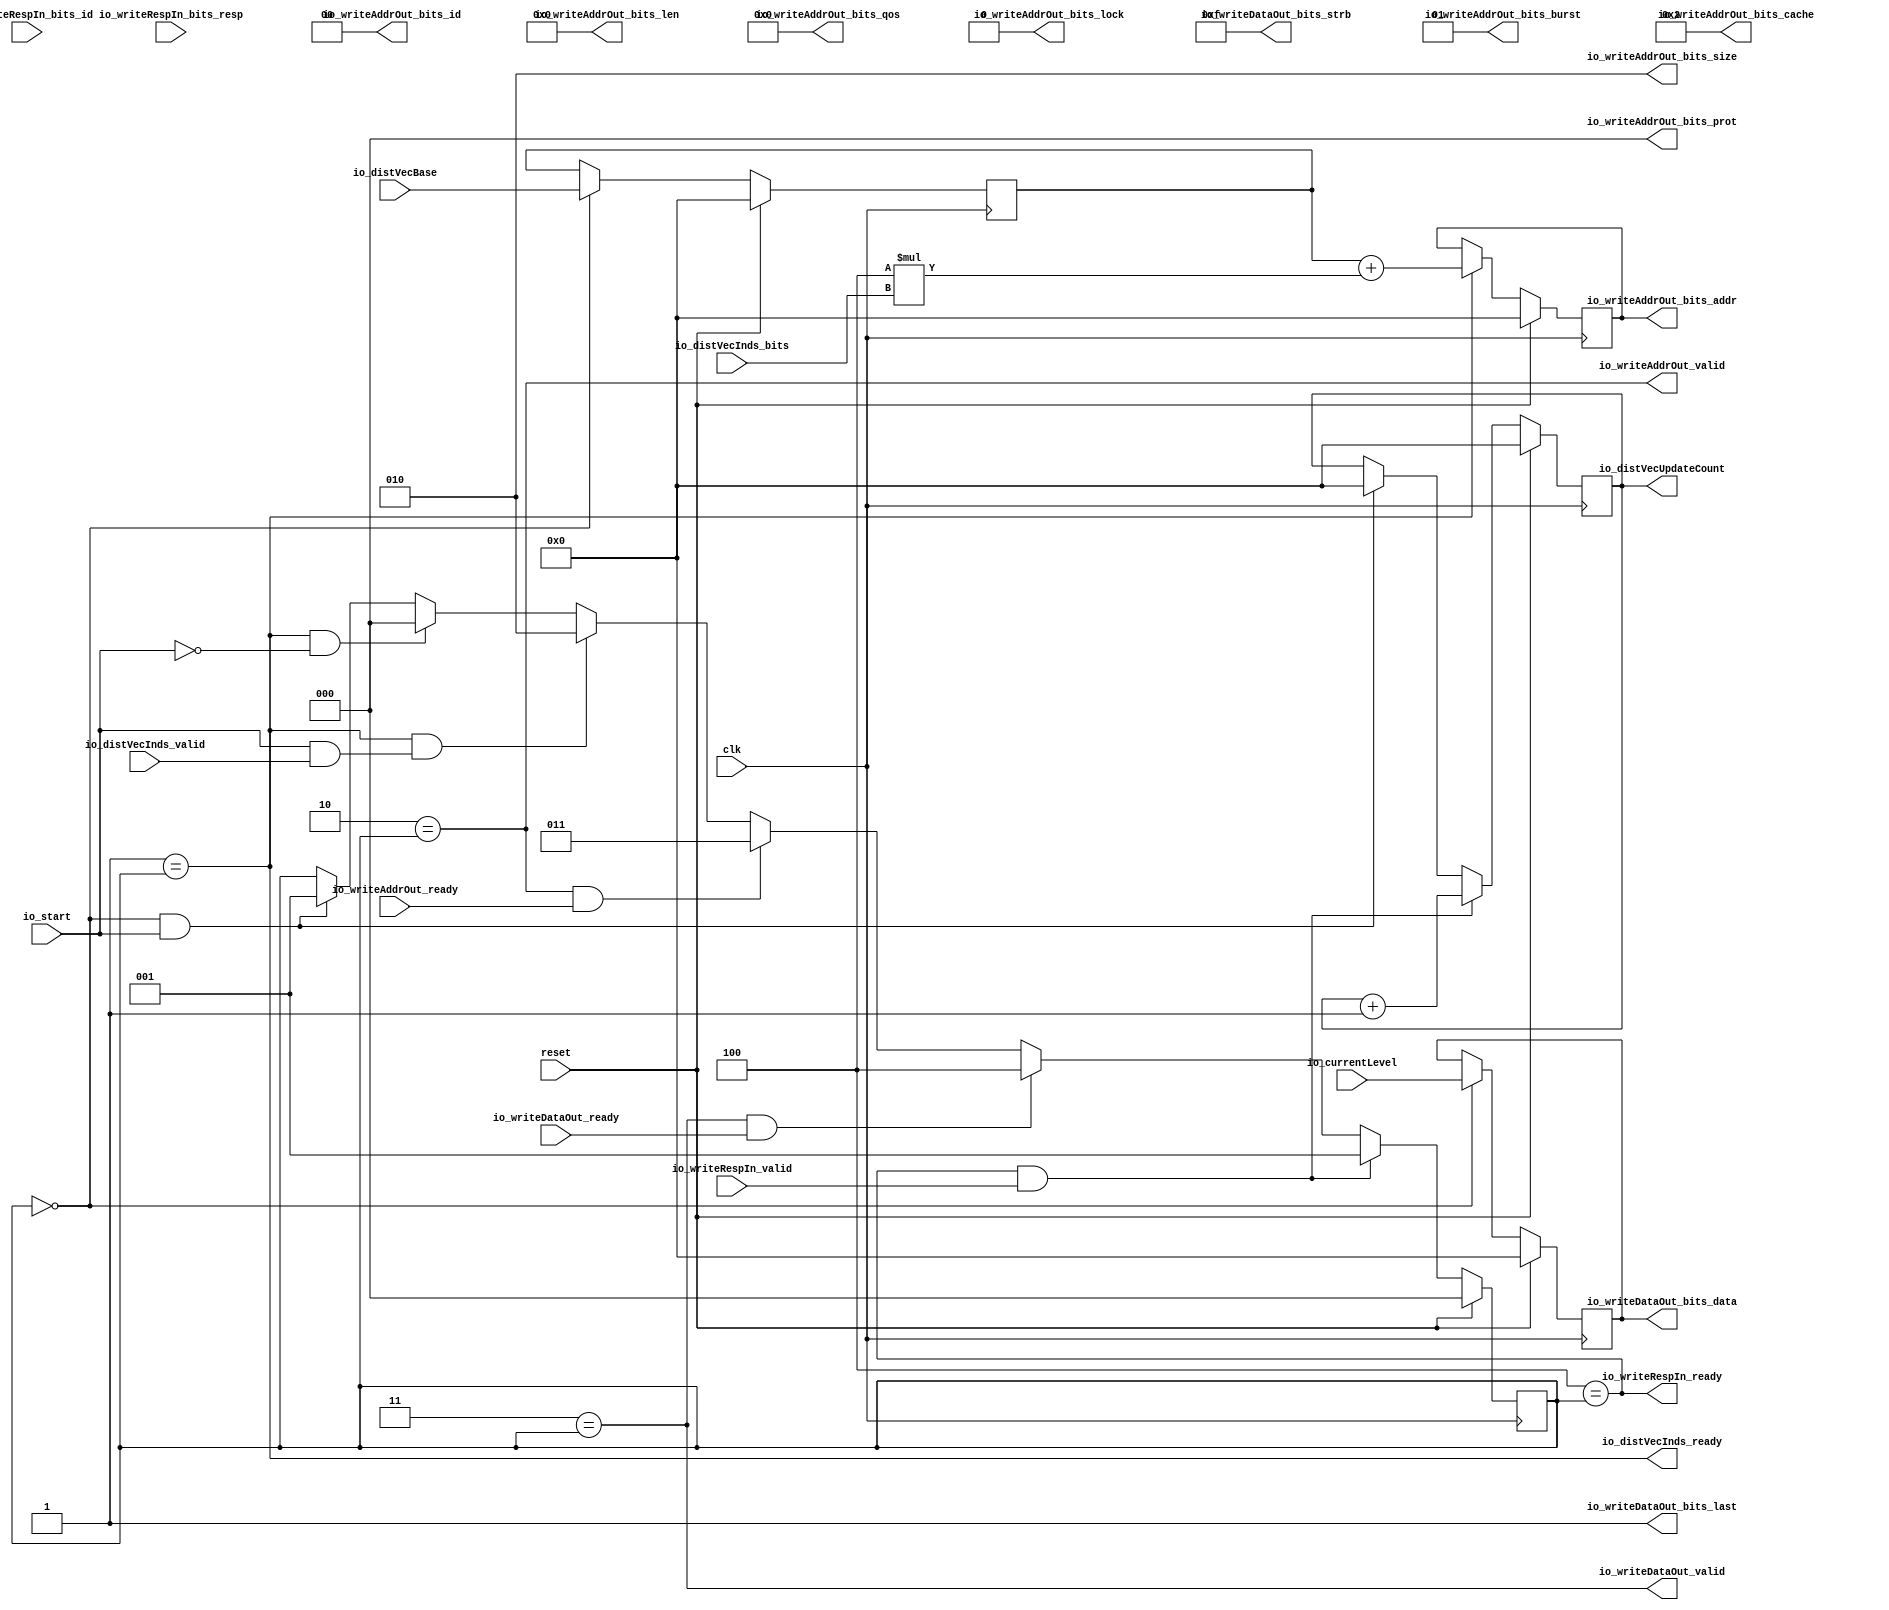
module DistVecUpdater(input clk, input reset,
    input  io_start,
    input [31:0] io_distVecBase,
    input [31:0] io_currentLevel,
    output[31:0] io_distVecUpdateCount,
    output io_distVecInds_ready,
    input  io_distVecInds_valid,
    input [31:0] io_distVecInds_bits,
    input  io_writeAddrOut_ready,
    output io_writeAddrOut_valid,
    output[31:0] io_writeAddrOut_bits_addr,
    output[2:0] io_writeAddrOut_bits_size,
    output[7:0] io_writeAddrOut_bits_len,
    output[1:0] io_writeAddrOut_bits_burst,
    output[1:0] io_writeAddrOut_bits_id,
    output io_writeAddrOut_bits_lock,
    output[3:0] io_writeAddrOut_bits_cache,
    output[2:0] io_writeAddrOut_bits_prot,
    output[3:0] io_writeAddrOut_bits_qos,
    input  io_writeDataOut_ready,
    output io_writeDataOut_valid,
    output[31:0] io_writeDataOut_bits_data,
    output[3:0] io_writeDataOut_bits_strb,
    output io_writeDataOut_bits_last,
    output io_writeRespIn_ready,
    input  io_writeRespIn_valid,
    input [1:0] io_writeRespIn_bits_id,
    input [1:0] io_writeRespIn_bits_resp
);

  wire T0;
  reg [2:0] regState;
  wire[2:0] T28;
  wire[2:0] T1;
  wire[2:0] T2;
  wire[2:0] T3;
  wire[2:0] T4;
  wire[2:0] T5;
  wire[2:0] T6;
  wire T7;
  wire T8;
  wire T9;
  wire T10;
  wire T11;
  wire T12;
  wire T13;
  wire T14;
  wire T15;
  wire T16;
  wire T17;
  wire T18;
  wire T19;
  reg [31:0] regCurrentLevel;
  wire[31:0] T29;
  wire[31:0] T20;
  reg [31:0] regDistVecUpdateAddr;
  wire[31:0] T30;
  wire[34:0] T31;
  wire[34:0] T21;
  wire[34:0] T32;
  wire[34:0] T22;
  wire[34:0] T23;
  wire[34:0] T33;
  reg [31:0] regDistVecBase;
  wire[31:0] T34;
  wire[31:0] T24;
  reg [31:0] regDistVecUpdateCount;
  wire[31:0] T35;
  wire[31:0] T25;
  wire[31:0] T26;
  wire[31:0] T27;

`ifndef SYNTHESIS
// synthesis translate_off
  integer initvar;
  initial begin
    #0.002;
    regState = {1{$random}};
    regCurrentLevel = {1{$random}};
    regDistVecUpdateAddr = {1{$random}};
    regDistVecBase = {1{$random}};
    regDistVecUpdateCount = {1{$random}};
  end
// synthesis translate_on
`endif

  assign io_writeRespIn_ready = T0;
  assign T0 = 3'h4 == regState;
  assign T28 = reset ? 3'h0 : T1;
  assign T1 = T19 ? 3'h1 : T2;
  assign T2 = T17 ? 3'h4 : T3;
  assign T3 = T15 ? 3'h3 : T4;
  assign T4 = T12 ? 3'h2 : T5;
  assign T5 = T9 ? 3'h0 : T6;
  assign T6 = T7 ? 3'h1 : regState;
  assign T7 = T8 & io_start;
  assign T8 = 3'h0 == regState;
  assign T9 = T11 & T10;
  assign T10 = io_start ^ 1'h1;
  assign T11 = 3'h1 == regState;
  assign T12 = T11 & T13;
  assign T13 = T14 & io_distVecInds_valid;
  assign T14 = T10 ^ 1'h1;
  assign T15 = T16 & io_writeAddrOut_ready;
  assign T16 = 3'h2 == regState;
  assign T17 = T18 & io_writeDataOut_ready;
  assign T18 = 3'h3 == regState;
  assign T19 = T0 & io_writeRespIn_valid;
  assign io_writeDataOut_bits_last = 1'h1;
  assign io_writeDataOut_bits_strb = 4'hf;
  assign io_writeDataOut_bits_data = regCurrentLevel;
  assign T29 = reset ? 32'h0 : T20;
  assign T20 = T8 ? io_currentLevel : regCurrentLevel;
  assign io_writeDataOut_valid = T18;
  assign io_writeAddrOut_bits_qos = 4'h0;
  assign io_writeAddrOut_bits_prot = 3'h0;
  assign io_writeAddrOut_bits_cache = 4'h2;
  assign io_writeAddrOut_bits_lock = 1'h0;
  assign io_writeAddrOut_bits_id = 2'h0;
  assign io_writeAddrOut_bits_burst = 2'h1;
  assign io_writeAddrOut_bits_len = 8'h0;
  assign io_writeAddrOut_bits_size = 3'h2;
  assign io_writeAddrOut_bits_addr = regDistVecUpdateAddr;
  assign T30 = T31[5'h1f:1'h0];
  assign T31 = reset ? 35'h0 : T21;
  assign T21 = T11 ? T22 : T32;
  assign T32 = {3'h0, regDistVecUpdateAddr};
  assign T22 = T33 + T23;
  assign T23 = 3'h4 * io_distVecInds_bits;
  assign T33 = {3'h0, regDistVecBase};
  assign T34 = reset ? 32'h0 : T24;
  assign T24 = T8 ? io_distVecBase : regDistVecBase;
  assign io_writeAddrOut_valid = T16;
  assign io_distVecInds_ready = T11;
  assign io_distVecUpdateCount = regDistVecUpdateCount;
  assign T35 = reset ? 32'h0 : T25;
  assign T25 = T19 ? T27 : T26;
  assign T26 = T7 ? 32'h0 : regDistVecUpdateCount;
  assign T27 = regDistVecUpdateCount + 32'h1;

  always @(posedge clk) begin
    if(reset) begin
      regState <= 3'h0;
    end else if(T19) begin
      regState <= 3'h1;
    end else if(T17) begin
      regState <= 3'h4;
    end else if(T15) begin
      regState <= 3'h3;
    end else if(T12) begin
      regState <= 3'h2;
    end else if(T9) begin
      regState <= 3'h0;
    end else if(T7) begin
      regState <= 3'h1;
    end
    if(reset) begin
      regCurrentLevel <= 32'h0;
    end else if(T8) begin
      regCurrentLevel <= io_currentLevel;
    end
    regDistVecUpdateAddr <= T30;
    if(reset) begin
      regDistVecBase <= 32'h0;
    end else if(T8) begin
      regDistVecBase <= io_distVecBase;
    end
    if(reset) begin
      regDistVecUpdateCount <= 32'h0;
    end else if(T19) begin
      regDistVecUpdateCount <= T27;
    end else if(T7) begin
      regDistVecUpdateCount <= 32'h0;
    end
  end
endmodule

module DistVecToInpVec(input clk, input reset,
    input [31:0] io_distVecCount,
    input [31:0] io_unvisitedValue,
    input  io_start,
    output io_finished,
    output io_distVecInput_ready,
    input  io_distVecInput_valid,
    input [31:0] io_distVecInput_bits,
    input  io_inpVecOutput_ready,
    output io_inpVecOutput_valid,
    output[63:0] io_inpVecOutput_bits
);

  reg [63:0] regOutput;
  wire[63:0] T34;
  wire[63:0] T0;
  wire[63:0] T1;
  wire[63:0] T2;
  wire T3;
  reg [1:0] regState;
  wire[1:0] T35;
  wire[1:0] T4;
  wire[1:0] T5;
  wire[1:0] T6;
  wire[1:0] T7;
  wire T8;
  wire T9;
  wire T10;
  wire readyToFlushOutput;
  reg [31:0] regOutBitCount;
  wire[31:0] T36;
  wire[31:0] T11;
  wire[31:0] T12;
  wire[31:0] T13;
  wire[31:0] T14;
  wire T15;
  wire T16;
  wire T17;
  wire inputFinished;
  reg [31:0] regDistVecElemsLeft;
  wire[31:0] T37;
  wire[31:0] T18;
  wire[31:0] T19;
  wire[31:0] T20;
  wire T21;
  wire[1:0] T22;
  wire T23;
  wire T24;
  wire T25;
  wire[63:0] T26;
  reg [63:0] regMask;
  wire[63:0] T38;
  wire[64:0] T39;
  wire[64:0] T27;
  wire[64:0] T28;
  wire[64:0] T40;
  wire[63:0] T29;
  wire[64:0] T30;
  wire T31;
  wire isVisited;
  wire T32;
  wire T33;

`ifndef SYNTHESIS
// synthesis translate_off
  integer initvar;
  initial begin
    #0.002;
    regOutput = {2{$random}};
    regState = {1{$random}};
    regOutBitCount = {1{$random}};
    regDistVecElemsLeft = {1{$random}};
    regMask = {2{$random}};
  end
// synthesis translate_on
`endif

  assign io_inpVecOutput_bits = regOutput;
  assign T34 = reset ? 64'h0 : T0;
  assign T0 = T32 ? 64'h0 : T1;
  assign T1 = T31 ? T26 : T2;
  assign T2 = T3 ? 64'h0 : regOutput;
  assign T3 = 2'h0 == regState;
  assign T35 = reset ? 2'h0 : T4;
  assign T4 = T23 ? 2'h0 : T5;
  assign T5 = T32 ? T22 : T6;
  assign T6 = T9 ? 2'h2 : T7;
  assign T7 = T8 ? 2'h1 : regState;
  assign T8 = T3 & io_start;
  assign T9 = T21 & T10;
  assign T10 = inputFinished | readyToFlushOutput;
  assign readyToFlushOutput = regOutBitCount == 32'h40;
  assign T36 = reset ? 32'h0 : T11;
  assign T11 = T32 ? 32'h0 : T12;
  assign T12 = T15 ? T14 : T13;
  assign T13 = T3 ? 32'h0 : regOutBitCount;
  assign T14 = regOutBitCount + 32'h1;
  assign T15 = T16 & io_distVecInput_valid;
  assign T16 = T21 & T17;
  assign T17 = T10 ^ 1'h1;
  assign inputFinished = regDistVecElemsLeft == 32'h0;
  assign T37 = reset ? 32'h0 : T18;
  assign T18 = T15 ? T20 : T19;
  assign T19 = T3 ? io_distVecCount : regDistVecElemsLeft;
  assign T20 = regDistVecElemsLeft - 32'h1;
  assign T21 = 2'h1 == regState;
  assign T22 = inputFinished ? 2'h3 : 2'h1;
  assign T23 = T25 & T24;
  assign T24 = io_start ^ 1'h1;
  assign T25 = 2'h3 == regState;
  assign T26 = regOutput | regMask;
  assign T38 = T39[6'h3f:1'h0];
  assign T39 = reset ? 65'h1 : T27;
  assign T27 = T32 ? 65'h1 : T28;
  assign T28 = T15 ? T30 : T40;
  assign T40 = {1'h0, T29};
  assign T29 = T3 ? 64'h1 : regMask;
  assign T30 = regMask << 1'h1;
  assign T31 = T15 & isVisited;
  assign isVisited = io_distVecInput_bits != io_unvisitedValue;
  assign T32 = T33 & io_inpVecOutput_ready;
  assign T33 = 2'h2 == regState;
  assign io_inpVecOutput_valid = T33;
  assign io_distVecInput_ready = T16;
  assign io_finished = T25;

  always @(posedge clk) begin
    if(reset) begin
      regOutput <= 64'h0;
    end else if(T32) begin
      regOutput <= 64'h0;
    end else if(T31) begin
      regOutput <= T26;
    end else if(T3) begin
      regOutput <= 64'h0;
    end
    if(reset) begin
      regState <= 2'h0;
    end else if(T23) begin
      regState <= 2'h0;
    end else if(T32) begin
      regState <= T22;
    end else if(T9) begin
      regState <= 2'h2;
    end else if(T8) begin
      regState <= 2'h1;
    end
    if(reset) begin
      regOutBitCount <= 32'h0;
    end else if(T32) begin
      regOutBitCount <= 32'h0;
    end else if(T15) begin
      regOutBitCount <= T14;
    end else if(T3) begin
      regOutBitCount <= 32'h0;
    end
    if(reset) begin
      regDistVecElemsLeft <= 32'h0;
    end else if(T15) begin
      regDistVecElemsLeft <= T20;
    end else if(T3) begin
      regDistVecElemsLeft <= io_distVecCount;
    end
    regMask <= T38;
  end
endmodule

module BackendThrottler(input clk, input reset,
    input [31:0] io_thresholdT0,
    input [31:0] io_dataCountT0,
    input [31:0] io_thresholdT1,
    input [31:0] io_dataCountT1,
    output io_canProceedT0,
    output io_canProceedT1
);

  wire T0;
  reg [31:0] regThresholdT1;
  wire[31:0] T3;
  reg [31:0] regCountT1;
  wire[31:0] T4;
  wire T1;
  wire T2;
  reg [31:0] regThresholdT0;
  wire[31:0] T5;
  reg [31:0] regCountT0;
  wire[31:0] T6;

`ifndef SYNTHESIS
// synthesis translate_off
  integer initvar;
  initial begin
    #0.002;
    regThresholdT1 = {1{$random}};
    regCountT1 = {1{$random}};
    regThresholdT0 = {1{$random}};
    regCountT0 = {1{$random}};
  end
// synthesis translate_on
`endif

  assign io_canProceedT1 = T0;
  assign T0 = regCountT1 < regThresholdT1;
  assign T3 = reset ? 32'h0 : io_thresholdT1;
  assign T4 = reset ? 32'h0 : io_dataCountT1;
  assign io_canProceedT0 = T1;
  assign T1 = T2 & io_canProceedT1;
  assign T2 = regCountT0 < regThresholdT0;
  assign T5 = reset ? 32'h0 : io_thresholdT0;
  assign T6 = reset ? 32'h0 : io_dataCountT0;

  always @(posedge clk) begin
    if(reset) begin
      regThresholdT1 <= 32'h0;
    end else begin
      regThresholdT1 <= io_thresholdT1;
    end
    if(reset) begin
      regCountT1 <= 32'h0;
    end else begin
      regCountT1 <= io_dataCountT1;
    end
    if(reset) begin
      regThresholdT0 <= 32'h0;
    end else begin
      regThresholdT0 <= io_thresholdT0;
    end
    if(reset) begin
      regCountT0 <= 32'h0;
    end else begin
      regCountT0 <= io_dataCountT0;
    end
  end
endmodule

module FrontierFilter(input clk, input reset,
    input  io_start,
    output io_finished,
    input [31:0] io_distVecCount,
    input [31:0] io_currentLevel,
    output[31:0] io_frontierSize,
    output distVecIn_TREADY,
    input  distVecIn_TVALID,
    input [31:0] distVecIn_TDATA,
    input  frontierOut_TREADY,
    output frontierOut_TVALID,
    output[31:0] frontierOut_TDATA
);

  reg [31:0] regDistVecCount;
  wire[31:0] T34;
  wire[31:0] T0;
  wire[31:0] T1;
  wire[31:0] T2;
  wire T3;
  reg [1:0] regState;
  wire[1:0] T35;
  wire[1:0] T4;
  wire[1:0] T5;
  wire[1:0] T6;
  wire[1:0] T7;
  wire[1:0] T8;
  wire T9;
  wire T10;
  wire T11;
  reg [31:0] regDistVecLeft;
  wire[31:0] T36;
  wire[31:0] T12;
  wire[31:0] T13;
  wire[31:0] T14;
  wire T15;
  wire T16;
  wire T17;
  wire T18;
  wire T19;
  wire T20;
  reg [31:0] regCurrentLevel;
  wire[31:0] T37;
  wire[31:0] T21;
  wire T22;
  wire T23;
  wire T24;
  wire[31:0] T25;
  wire T26;
  wire T27;
  wire[31:0] T28;
  wire T29;
  wire T30;
  reg [31:0] regFrontierSize;
  wire[31:0] T38;
  wire[31:0] T31;
  wire[31:0] T32;
  wire[31:0] T33;

`ifndef SYNTHESIS
// synthesis translate_off
  integer initvar;
  initial begin
    #0.002;
    regDistVecCount = {1{$random}};
    regState = {1{$random}};
    regDistVecLeft = {1{$random}};
    regCurrentLevel = {1{$random}};
    regFrontierSize = {1{$random}};
  end
// synthesis translate_on
`endif

  assign frontierOut_TDATA = regDistVecCount;
  assign T34 = reset ? 32'h0 : T0;
  assign T0 = T29 ? T28 : T1;
  assign T1 = T26 ? T25 : T2;
  assign T2 = T3 ? 32'h0 : regDistVecCount;
  assign T3 = 2'h0 == regState;
  assign T35 = reset ? 2'h0 : T4;
  assign T4 = T22 ? 2'h0 : T5;
  assign T5 = T29 ? 2'h1 : T6;
  assign T6 = T19 ? 2'h2 : T7;
  assign T7 = T10 ? 2'h3 : T8;
  assign T8 = T9 ? 2'h1 : regState;
  assign T9 = T3 & io_start;
  assign T10 = T18 & T11;
  assign T11 = regDistVecLeft == 32'h0;
  assign T36 = reset ? 32'h0 : T12;
  assign T12 = T15 ? T14 : T13;
  assign T13 = T3 ? io_distVecCount : regDistVecLeft;
  assign T14 = regDistVecLeft - 32'h1;
  assign T15 = T16 & distVecIn_TVALID;
  assign T16 = T18 & T17;
  assign T17 = T11 ^ 1'h1;
  assign T18 = 2'h1 == regState;
  assign T19 = T15 & T20;
  assign T20 = distVecIn_TDATA == regCurrentLevel;
  assign T37 = reset ? 32'h0 : T21;
  assign T21 = T3 ? io_currentLevel : regCurrentLevel;
  assign T22 = T24 & T23;
  assign T23 = io_start ^ 1'h1;
  assign T24 = 2'h3 == regState;
  assign T25 = regDistVecCount + 32'h1;
  assign T26 = T15 & T27;
  assign T27 = T20 ^ 1'h1;
  assign T28 = regDistVecCount + 32'h1;
  assign T29 = T30 & frontierOut_TREADY;
  assign T30 = 2'h2 == regState;
  assign frontierOut_TVALID = T30;
  assign distVecIn_TREADY = T16;
  assign io_frontierSize = regFrontierSize;
  assign T38 = reset ? 32'h0 : T31;
  assign T31 = T29 ? T33 : T32;
  assign T32 = T9 ? 32'h0 : regFrontierSize;
  assign T33 = regFrontierSize + 32'h1;
  assign io_finished = T24;

  always @(posedge clk) begin
    if(reset) begin
      regDistVecCount <= 32'h0;
    end else if(T29) begin
      regDistVecCount <= T28;
    end else if(T26) begin
      regDistVecCount <= T25;
    end else if(T3) begin
      regDistVecCount <= 32'h0;
    end
    if(reset) begin
      regState <= 2'h0;
    end else if(T22) begin
      regState <= 2'h0;
    end else if(T29) begin
      regState <= 2'h1;
    end else if(T19) begin
      regState <= 2'h2;
    end else if(T10) begin
      regState <= 2'h3;
    end else if(T9) begin
      regState <= 2'h1;
    end
    if(reset) begin
      regDistVecLeft <= 32'h0;
    end else if(T15) begin
      regDistVecLeft <= T14;
    end else if(T3) begin
      regDistVecLeft <= io_distVecCount;
    end
    if(reset) begin
      regCurrentLevel <= 32'h0;
    end else if(T3) begin
      regCurrentLevel <= io_currentLevel;
    end
    if(reset) begin
      regFrontierSize <= 32'h0;
    end else if(T29) begin
      regFrontierSize <= T33;
    end else if(T9) begin
      regFrontierSize <= 32'h0;
    end
  end
endmodule

module Queue(input clk, input reset,
    output io_enq_ready,
    input  io_enq_valid,
    input [31:0] io_enq_bits,
    input  io_deq_ready,
    output io_deq_valid,
    output[31:0] io_deq_bits,
    output[5:0] io_count
);

  wire[5:0] T0;
  wire[4:0] ptr_diff;
  reg [4:0] R1;
  wire[4:0] T15;
  wire[4:0] T2;
  wire[4:0] T3;
  wire do_deq;
  reg [4:0] R4;
  wire[4:0] T16;
  wire[4:0] T5;
  wire[4:0] T6;
  wire do_enq;
  wire T7;
  wire ptr_match;
  reg  maybe_full;
  wire T17;
  wire T8;
  wire T9;
  wire[31:0] T10;
  reg [31:0] ram [31:0];
  wire[31:0] T11;
  wire T12;
  wire empty;
  wire T13;
  wire T14;
  wire full;

`ifndef SYNTHESIS
// synthesis translate_off
  integer initvar;
  initial begin
    #0.002;
    R1 = {1{$random}};
    R4 = {1{$random}};
    maybe_full = {1{$random}};
    for (initvar = 0; initvar < 32; initvar = initvar+1)
      ram[initvar] = {1{$random}};
  end
// synthesis translate_on
`endif

  assign io_count = T0;
  assign T0 = {T7, ptr_diff};
  assign ptr_diff = R4 - R1;
  assign T15 = reset ? 5'h0 : T2;
  assign T2 = do_deq ? T3 : R1;
  assign T3 = R1 + 5'h1;
  assign do_deq = io_deq_ready & io_deq_valid;
  assign T16 = reset ? 5'h0 : T5;
  assign T5 = do_enq ? T6 : R4;
  assign T6 = R4 + 5'h1;
  assign do_enq = io_enq_ready & io_enq_valid;
  assign T7 = maybe_full & ptr_match;
  assign ptr_match = R4 == R1;
  assign T17 = reset ? 1'h0 : T8;
  assign T8 = T9 ? do_enq : maybe_full;
  assign T9 = do_enq != do_deq;
  assign io_deq_bits = T10;
  assign T10 = ram[R1];
  assign io_deq_valid = T12;
  assign T12 = empty ^ 1'h1;
  assign empty = ptr_match & T13;
  assign T13 = maybe_full ^ 1'h1;
  assign io_enq_ready = T14;
  assign T14 = full ^ 1'h1;
  assign full = ptr_match & maybe_full;

  always @(posedge clk) begin
    if(reset) begin
      R1 <= 5'h0;
    end else if(do_deq) begin
      R1 <= T3;
    end
    if(reset) begin
      R4 <= 5'h0;
    end else if(do_enq) begin
      R4 <= T6;
    end
    if(reset) begin
      maybe_full <= 1'h0;
    end else if(T9) begin
      maybe_full <= do_enq;
    end
    if (do_enq)
      ram[R4] <= io_enq_bits;
  end
endmodule

module AXIStreamOutputMux(
    input  io_sel,
    output strm_TREADY,
    input  strm_TVALID,
    input [31:0] strm_TDATA,
    input  out0_TREADY,
    output out0_TVALID,
    output[31:0] out0_TDATA,
    input  out1_TREADY,
    output out1_TVALID,
    output[31:0] out1_TDATA
);

  wire T0;
  wire T1;
  wire T2;
  wire T3;
  wire T4;
  wire T5;


  assign out1_TDATA = strm_TDATA;
  assign out1_TVALID = T0;
  assign T0 = T1 & strm_TVALID;
  assign T1 = io_sel == 1'h1;
  assign out0_TDATA = strm_TDATA;
  assign out0_TVALID = T2;
  assign T2 = T3 & strm_TVALID;
  assign T3 = io_sel == 1'h0;
  assign strm_TREADY = T4;
  assign T4 = T5 ? out0_TREADY : out1_TREADY;
  assign T5 = io_sel == 1'h0;
endmodule

module NeighborFetcher(input clk, input reset,
    input [31:0] io_rowIndBase,
    input  io_start,
    output[31:0] io_state,
    output[31:0] io_colCount,
    output[31:0] io_nzCount,
    input  io_rowIndReadReqs_ready,
    output io_rowIndReadReqs_valid,
    output[31:0] io_rowIndReadReqs_bits_addr,
    output[2:0] io_rowIndReadReqs_bits_size,
    output[7:0] io_rowIndReadReqs_bits_len,
    output[1:0] io_rowIndReadReqs_bits_burst,
    output[1:0] io_rowIndReadReqs_bits_id,
    output io_rowIndReadReqs_bits_lock,
    output[3:0] io_rowIndReadReqs_bits_cache,
    output[2:0] io_rowIndReadReqs_bits_prot,
    output[3:0] io_rowIndReadReqs_bits_qos,
    output io_rowStartEndIn_ready,
    input  io_rowStartEndIn_valid,
    input [31:0] io_rowStartEndIn_bits,
    input  io_rowIndsMetadata_ready,
    output io_rowIndsMetadata_valid,
    output[31:0] io_rowIndsMetadata_bits
);

  wire[31:0] T0;
  wire[30:0] T1;
  reg [31:0] regElementsLeft;
  wire[31:0] T61;
  wire[31:0] T2;
  wire[31:0] T3;
  wire[31:0] T4;
  reg [31:0] regElementStart;
  wire[31:0] T62;
  wire[34:0] T63;
  wire[34:0] T5;
  wire[34:0] T6;
  wire[34:0] T64;
  wire[31:0] T7;
  wire T8;
  wire T9;
  wire T10;
  wire T11;
  reg [2:0] regState;
  wire[2:0] T65;
  wire[2:0] T12;
  wire[2:0] T13;
  wire[2:0] T14;
  wire[2:0] T15;
  wire[2:0] T16;
  wire[2:0] T17;
  wire[2:0] T18;
  wire[2:0] T19;
  wire T20;
  wire T21;
  wire T22;
  wire T23;
  wire[2:0] T24;
  wire T25;
  wire T26;
  wire T27;
  wire T28;
  wire T29;
  wire T30;
  wire T31;
  wire T32;
  wire[34:0] T33;
  wire[34:0] T66;
  reg [31:0] regRowIndBase;
  wire[31:0] T67;
  wire[31:0] T34;
  wire[34:0] T35;
  wire T36;
  wire[34:0] T68;
  wire[31:0] T37;
  wire[31:0] T69;
  wire[10:0] T38;
  reg [7:0] regBurstElements;
  wire[7:0] T70;
  wire[7:0] T39;
  wire[7:0] T71;
  wire[5:0] T40;
  wire[5:0] T41;
  wire[3:0] T42;
  wire T43;
  wire canDoBurst;
  wire[5:0] T72;
  wire T45;
  wire T46;
  wire T47;
  wire T48;
  wire[31:0] T49;
  wire[31:0] T73;
  wire T50;
  wire T51;
  wire isAligned;
  wire[2:0] T44;
  wire T52;
  wire[7:0] T53;
  reg [7:0] regBurstLen;
  wire[7:0] T74;
  wire[7:0] T54;
  wire[7:0] T75;
  reg [31:0] regTotalNZ;
  wire[31:0] T76;
  wire[31:0] T55;
  wire[31:0] T56;
  wire[31:0] T57;
  wire[31:0] T77;
  reg [31:0] regColCount;
  wire[31:0] T78;
  wire[31:0] T58;
  wire[31:0] T59;
  wire[31:0] T60;
  wire[31:0] T79;

`ifndef SYNTHESIS
// synthesis translate_off
  integer initvar;
  initial begin
    #0.002;
    regElementsLeft = {1{$random}};
    regElementStart = {1{$random}};
    regState = {1{$random}};
    regRowIndBase = {1{$random}};
    regBurstElements = {1{$random}};
    regBurstLen = {1{$random}};
    regTotalNZ = {1{$random}};
    regColCount = {1{$random}};
  end
// synthesis translate_on
`endif

  assign io_rowIndsMetadata_bits = T0;
  assign T0 = {isAligned, T1};
  assign T1 = regElementsLeft[5'h1e:1'h0];
  assign T61 = reset ? 32'h0 : T2;
  assign T2 = T50 ? T49 : T3;
  assign T3 = T48 ? T4 : regElementsLeft;
  assign T4 = io_rowStartEndIn_bits - regElementStart;
  assign T62 = T63[5'h1f:1'h0];
  assign T63 = reset ? 35'h0 : T5;
  assign T5 = T50 ? T68 : T6;
  assign T6 = T36 ? T33 : T64;
  assign T64 = {3'h0, T7};
  assign T7 = T8 ? io_rowStartEndIn_bits : regElementStart;
  assign T8 = T11 & T9;
  assign T9 = T10 ^ 1'h1;
  assign T10 = io_start ^ 1'h1;
  assign T11 = 3'h1 == regState;
  assign T65 = reset ? 3'h0 : T12;
  assign T12 = T50 ? 3'h4 : T13;
  assign T13 = T31 ? 3'h5 : T14;
  assign T14 = T28 ? 3'h1 : T15;
  assign T15 = T26 ? T24 : T16;
  assign T16 = T36 ? 3'h3 : T17;
  assign T17 = T23 ? 3'h2 : T18;
  assign T18 = T22 ? 3'h0 : T19;
  assign T19 = T20 ? 3'h1 : regState;
  assign T20 = T21 & io_start;
  assign T21 = 3'h0 == regState;
  assign T22 = T11 & T10;
  assign T23 = T8 & io_rowStartEndIn_valid;
  assign T24 = T25 ? 3'h1 : 3'h4;
  assign T25 = regElementsLeft == 32'h0;
  assign T26 = T27 & io_rowIndsMetadata_ready;
  assign T27 = 3'h3 == regState;
  assign T28 = T30 & T29;
  assign T29 = regElementsLeft == 32'h0;
  assign T30 = 3'h4 == regState;
  assign T31 = T30 & T32;
  assign T32 = T29 ^ 1'h1;
  assign T33 = T35 + T66;
  assign T66 = {3'h0, regRowIndBase};
  assign T67 = reset ? 32'h0 : T34;
  assign T34 = T20 ? io_rowIndBase : regRowIndBase;
  assign T35 = 3'h4 * regElementStart;
  assign T36 = T48 & io_rowStartEndIn_valid;
  assign T68 = {3'h0, T37};
  assign T37 = regElementStart + T69;
  assign T69 = {21'h0, T38};
  assign T38 = 3'h4 * regBurstElements;
  assign T70 = reset ? 8'h0 : T39;
  assign T39 = T31 ? T71 : regBurstElements;
  assign T71 = {2'h0, T40};
  assign T40 = T45 ? T72 : T41;
  assign T41 = T42 * 2'h2;
  assign T42 = T43 ? 4'h8 : 4'h1;
  assign T43 = isAligned & canDoBurst;
  assign canDoBurst = 32'h10 <= regElementsLeft;
  assign T72 = {2'h0, T42};
  assign T45 = T47 | T46;
  assign T46 = regElementsLeft == 32'h1;
  assign T47 = isAligned ^ 1'h1;
  assign T48 = 3'h2 == regState;
  assign T49 = regElementsLeft - T73;
  assign T73 = {24'h0, regBurstElements};
  assign T50 = T51 & io_rowIndReadReqs_ready;
  assign T51 = 3'h5 == regState;
  assign isAligned = T44 == 3'h0;
  assign T44 = regElementStart[2'h2:1'h0];
  assign io_rowIndsMetadata_valid = T27;
  assign io_rowStartEndIn_ready = T52;
  assign T52 = T48 ? 1'h1 : T8;
  assign io_rowIndReadReqs_bits_qos = 4'h0;
  assign io_rowIndReadReqs_bits_prot = 3'h0;
  assign io_rowIndReadReqs_bits_cache = 4'h2;
  assign io_rowIndReadReqs_bits_lock = 1'h0;
  assign io_rowIndReadReqs_bits_id = 2'h2;
  assign io_rowIndReadReqs_bits_burst = 2'h1;
  assign io_rowIndReadReqs_bits_len = T53;
  assign T53 = regBurstLen - 8'h1;
  assign T74 = reset ? 8'h0 : T54;
  assign T54 = T31 ? T75 : regBurstLen;
  assign T75 = {4'h0, T42};
  assign io_rowIndReadReqs_bits_size = 3'h3;
  assign io_rowIndReadReqs_bits_addr = regElementStart;
  assign io_rowIndReadReqs_valid = T51;
  assign io_nzCount = regTotalNZ;
  assign T76 = reset ? 32'h0 : T55;
  assign T55 = T50 ? T57 : T56;
  assign T56 = T20 ? 32'h0 : regTotalNZ;
  assign T57 = regTotalNZ + T77;
  assign T77 = {24'h0, regBurstElements};
  assign io_colCount = regColCount;
  assign T78 = reset ? 32'h0 : T58;
  assign T58 = T36 ? T60 : T59;
  assign T59 = T20 ? 32'h0 : regColCount;
  assign T60 = regColCount + 32'h1;
  assign io_state = T79;
  assign T79 = {29'h0, regState};

  always @(posedge clk) begin
    if(reset) begin
      regElementsLeft <= 32'h0;
    end else if(T50) begin
      regElementsLeft <= T49;
    end else if(T48) begin
      regElementsLeft <= T4;
    end
    regElementStart <= T62;
    if(reset) begin
      regState <= 3'h0;
    end else if(T50) begin
      regState <= 3'h4;
    end else if(T31) begin
      regState <= 3'h5;
    end else if(T28) begin
      regState <= 3'h1;
    end else if(T26) begin
      regState <= T24;
    end else if(T36) begin
      regState <= 3'h3;
    end else if(T23) begin
      regState <= 3'h2;
    end else if(T22) begin
      regState <= 3'h0;
    end else if(T20) begin
      regState <= 3'h1;
    end
    if(reset) begin
      regRowIndBase <= 32'h0;
    end else if(T20) begin
      regRowIndBase <= io_rowIndBase;
    end
    if(reset) begin
      regBurstElements <= 8'h0;
    end else if(T31) begin
      regBurstElements <= T71;
    end
    if(reset) begin
      regBurstLen <= 8'h0;
    end else if(T31) begin
      regBurstLen <= T75;
    end
    if(reset) begin
      regTotalNZ <= 32'h0;
    end else if(T50) begin
      regTotalNZ <= T57;
    end else if(T20) begin
      regTotalNZ <= 32'h0;
    end
    if(reset) begin
      regColCount <= 32'h0;
    end else if(T36) begin
      regColCount <= T60;
    end else if(T20) begin
      regColCount <= 32'h0;
    end
  end
endmodule

module SparseFrontierBackend(input clk, input reset,
    input [31:0] io_distVecBase,
    input [31:0] io_distVecCount,
    input [31:0] io_colPtrBase,
    input [31:0] io_currentLevel,
    input [31:0] io_rowIndBase,
    output[31:0] io_frontierSize,
    output[31:0] io_nzCount,
    output[31:0] io_distVecWriteCount,
    input [31:0] io_thresholdT0,
    input [31:0] io_dataCountT0,
    input [31:0] io_thresholdT1,
    input [31:0] io_dataCountT1,
    output[31:0] io_state,
    output[31:0] io_ngState,
    output[31:0] io_ngColCount,
    input [31:0] io_ctrl,
    input  aximm32_AWREADY,
    output aximm32_AWVALID,
    output[31:0] aximm32_AWADDR,
    output[2:0] aximm32_AWSIZE,
    output[7:0] aximm32_AWLEN,
    output[1:0] aximm32_AWBURST,
    output[1:0] aximm32_AWID,
    output aximm32_AWLOCK,
    output[3:0] aximm32_AWCACHE,
    output[2:0] aximm32_AWPROT,
    output[3:0] aximm32_AWQOS,
    input  aximm32_WREADY,
    output aximm32_WVALID,
    output[31:0] aximm32_WDATA,
    output[3:0] aximm32_WSTRB,
    output aximm32_WLAST,
    output aximm32_BREADY,
    input  aximm32_BVALID,
    input [1:0] aximm32_BID,
    input [1:0] aximm32_BRESP,
    input  aximm32_ARREADY,
    output aximm32_ARVALID,
    output[31:0] aximm32_ARADDR,
    output[2:0] aximm32_ARSIZE,
    output[7:0] aximm32_ARLEN,
    output[1:0] aximm32_ARBURST,
    output[1:0] aximm32_ARID,
    output aximm32_ARLOCK,
    output[3:0] aximm32_ARCACHE,
    output[2:0] aximm32_ARPROT,
    output[3:0] aximm32_ARQOS,
    output aximm32_RREADY,
    input  aximm32_RVALID,
    input [31:0] aximm32_RDATA,
    input [1:0] aximm32_RID,
    input  aximm32_RLAST,
    input [1:0] aximm32_RRESP,
    input  aximm64_ARREADY,
    output aximm64_ARVALID,
    output[31:0] aximm64_ARADDR,
    output[2:0] aximm64_ARSIZE,
    output[7:0] aximm64_ARLEN,
    output[1:0] aximm64_ARBURST,
    output[1:0] aximm64_ARID,
    output aximm64_ARLOCK,
    output[3:0] aximm64_ARCACHE,
    output[2:0] aximm64_ARPROT,
    output[3:0] aximm64_ARQOS,
    output aximm64_RREADY,
    input  aximm64_RVALID,
    input [63:0] aximm64_RDATA,
    input [1:0] aximm64_RID,
    input  aximm64_RLAST,
    input [1:0] aximm64_RRESP,
    input  readData32_TREADY,
    output readData32_TVALID,
    output[31:0] readData32_TDATA,
    output[1:0] readData32_TDEST,
    output readData32_TLAST,
    output[1:0] readData32_RRESP,
    output distVecIn_TREADY,
    input  distVecIn_TVALID,
    input [31:0] distVecIn_TDATA,
    output rowStartEnd_TREADY,
    input  rowStartEnd_TVALID,
    input [31:0] rowStartEnd_TDATA,
    input  rowIndsData_TREADY,
    output rowIndsData_TVALID,
    output[63:0] rowIndsData_TDATA,
    output[1:0] rowIndsData_TDEST,
    output rowIndsData_TLAST,
    output[1:0] rowIndsData_RRESP,
    input  rowIndsMetadata_TREADY,
    output rowIndsMetadata_TVALID,
    output[31:0] rowIndsMetadata_TDATA,
    output distVecUpdInds_TREADY,
    input  distVecUpdInds_TVALID,
    input [31:0] distVecUpdInds_TDATA,
    input  inpVecOutput_TREADY,
    output inpVecOutput_TVALID,
    output[63:0] inpVecOutput_TDATA
);

  wire regularModeStart;
  wire T0;
  wire enableLevelGen;
  wire startSignal;
  wire T1;
  wire T2;
  wire T3;
  wire T4;
  reg [2:0] regState;
  wire[2:0] T96;
  wire[2:0] T5;
  wire[2:0] T6;
  wire[2:0] T7;
  wire[2:0] T8;
  wire[2:0] T9;
  wire[2:0] T10;
  wire[2:0] T11;
  wire[2:0] T12;
  wire[2:0] T13;
  wire[2:0] T14;
  wire[2:0] T15;
  wire[2:0] T16;
  wire[2:0] T17;
  wire[2:0] T18;
  wire T19;
  wire levelGenStart;
  wire T20;
  wire T21;
  wire T22;
  wire T23;
  wire T24;
  wire T25;
  wire T26;
  wire T27;
  wire T28;
  wire distVecNoReqsLeft;
  reg [31:0] regDistVecElemsLeft;
  wire[31:0] T97;
  wire[31:0] T29;
  wire[31:0] T30;
  wire[31:0] T31;
  wire[31:0] T32;
  wire[31:0] T98;
  wire[1:0] maxDistVecBurstSize;
  wire T33;
  wire T34;
  wire T35;
  wire T36;
  wire T37;
  wire T38;
  wire T39;
  wire[31:0] T40;
  wire[31:0] T99;
  wire T41;
  wire T42;
  wire T43;
  wire T44;
  wire T45;
  wire T46;
  wire T47;
  wire T48;
  wire T49;
  wire T50;
  wire T51;
  wire T52;
  wire T53;
  reg [31:0] regFrontierSize;
  wire[31:0] T100;
  wire[31:0] T54;
  wire[31:0] T55;
  wire[31:0] T56;
  wire T57;
  wire T58;
  wire T59;
  wire T60;
  wire T61;
  wire T62;
  wire T63;
  wire T64;
  wire T65;
  wire T66;
  wire T67;
  wire T68;
  wire T69;
  wire T70;
  wire T71;
  wire T72;
  wire T73;
  wire T74;
  wire[1:0] T101;
  wire[7:0] T102;
  wire[1:0] T75;
  wire[1:0] T76;
  wire[1:0] T77;
  wire[1:0] T78;
  wire[1:0] T79;
  wire[31:0] T80;
  wire[31:0] T81;
  wire[31:0] T82;
  reg [31:0] regDistVecPtr;
  wire[31:0] T103;
  wire[31:0] T83;
  wire[31:0] T84;
  wire[31:0] T85;
  wire[31:0] T86;
  wire[31:0] T104;
  wire[4:0] T87;
  wire[31:0] T88;
  wire[31:0] T105;
  wire[4:0] T89;
  wire[31:0] T90;
  reg [31:0] regFrontierIndex;
  wire[31:0] T106;
  wire[34:0] T107;
  wire[34:0] T91;
  wire[34:0] T108;
  wire[34:0] T92;
  reg [31:0] regColPtrBase;
  wire[31:0] T109;
  wire[31:0] T93;
  wire T94;
  wire T95;
  wire[31:0] T110;
  wire[31:0] dvupd_io_distVecUpdateCount;
  wire dvupd_io_distVecInds_ready;
  wire dvupd_io_writeAddrOut_valid;
  wire[31:0] dvupd_io_writeAddrOut_bits_addr;
  wire[2:0] dvupd_io_writeAddrOut_bits_size;
  wire[7:0] dvupd_io_writeAddrOut_bits_len;
  wire[1:0] dvupd_io_writeAddrOut_bits_burst;
  wire[1:0] dvupd_io_writeAddrOut_bits_id;
  wire dvupd_io_writeAddrOut_bits_lock;
  wire[3:0] dvupd_io_writeAddrOut_bits_cache;
  wire[2:0] dvupd_io_writeAddrOut_bits_prot;
  wire[3:0] dvupd_io_writeAddrOut_bits_qos;
  wire dvupd_io_writeDataOut_valid;
  wire[31:0] dvupd_io_writeDataOut_bits_data;
  wire[3:0] dvupd_io_writeDataOut_bits_strb;
  wire dvupd_io_writeDataOut_bits_last;
  wire dvupd_io_writeRespIn_ready;
  wire dv2iv_io_finished;
  wire dv2iv_io_distVecInput_ready;
  wire dv2iv_io_inpVecOutput_valid;
  wire[63:0] dv2iv_io_inpVecOutput_bits;
  wire throttler_io_canProceedT0;
  wire throttler_io_canProceedT1;
  wire frontierFilter_io_finished;
  wire[31:0] frontierFilter_io_frontierSize;
  wire frontierFilter_distVecIn_TREADY;
  wire frontierFilter_frontierOut_TVALID;
  wire[31:0] frontierFilter_frontierOut_TDATA;
  wire frontierQueue_io_enq_ready;
  wire frontierQueue_io_deq_valid;
  wire[31:0] frontierQueue_io_deq_bits;
  wire distVecMux_strm_TREADY;
  wire distVecMux_out0_TVALID;
  wire[31:0] distVecMux_out0_TDATA;
  wire distVecMux_out1_TVALID;
  wire[31:0] distVecMux_out1_TDATA;
  wire[31:0] neighborFetcher_io_state;
  wire[31:0] neighborFetcher_io_colCount;
  wire[31:0] neighborFetcher_io_nzCount;
  wire neighborFetcher_io_rowIndReadReqs_valid;
  wire[31:0] neighborFetcher_io_rowIndReadReqs_bits_addr;
  wire[2:0] neighborFetcher_io_rowIndReadReqs_bits_size;
  wire[7:0] neighborFetcher_io_rowIndReadReqs_bits_len;
  wire[1:0] neighborFetcher_io_rowIndReadReqs_bits_burst;
  wire[1:0] neighborFetcher_io_rowIndReadReqs_bits_id;
  wire neighborFetcher_io_rowIndReadReqs_bits_lock;
  wire[3:0] neighborFetcher_io_rowIndReadReqs_bits_cache;
  wire[2:0] neighborFetcher_io_rowIndReadReqs_bits_prot;
  wire[3:0] neighborFetcher_io_rowIndReadReqs_bits_qos;
  wire neighborFetcher_io_rowStartEndIn_ready;
  wire neighborFetcher_io_rowIndsMetadata_valid;
  wire[31:0] neighborFetcher_io_rowIndsMetadata_bits;

`ifndef SYNTHESIS
// synthesis translate_off
  integer initvar;
  initial begin
    #0.002;
    regState = {1{$random}};
    regDistVecElemsLeft = {1{$random}};
    regFrontierSize = {1{$random}};
    regDistVecPtr = {1{$random}};
    regFrontierIndex = {1{$random}};
    regColPtrBase = {1{$random}};
  end
// synthesis translate_on
`endif

  assign regularModeStart = startSignal & T0;
  assign T0 = enableLevelGen ^ 1'h1;
  assign enableLevelGen = io_ctrl[1'h1:1'h1];
  assign startSignal = io_ctrl[1'h0:1'h0];
  assign T1 = T4 & T2;
  assign T2 = T3 ^ 1'h1;
  assign T3 = throttler_io_canProceedT1 ^ 1'h1;
  assign T4 = 3'h2 == regState;
  assign T96 = reset ? 3'h0 : T5;
  assign T5 = T72 ? 3'h0 : T6;
  assign T6 = T69 ? 3'h1 : T7;
  assign T7 = T63 ? 3'h2 : T8;
  assign T8 = T58 ? 3'h4 : T9;
  assign T9 = T51 ? 3'h5 : T10;
  assign T10 = T49 ? 3'h4 : T11;
  assign T11 = T47 ? 3'h4 : T12;
  assign T12 = T46 ? 3'h3 : T13;
  assign T13 = T45 ? 3'h4 : T14;
  assign T14 = T42 ? 3'h2 : T15;
  assign T15 = T26 ? 3'h2 : T16;
  assign T16 = T24 ? 3'h5 : T17;
  assign T17 = T21 ? 3'h1 : T18;
  assign T18 = T19 ? 3'h6 : regState;
  assign T19 = T20 & levelGenStart;
  assign levelGenStart = startSignal & enableLevelGen;
  assign T20 = 3'h0 == regState;
  assign T21 = T20 & T22;
  assign T22 = T23 & regularModeStart;
  assign T23 = levelGenStart ^ 1'h1;
  assign T24 = T25 & dv2iv_io_finished;
  assign T25 = 3'h6 == regState;
  assign T26 = T41 & T27;
  assign T27 = distVecNoReqsLeft | T28;
  assign T28 = throttler_io_canProceedT0 ^ 1'h1;
  assign distVecNoReqsLeft = regDistVecElemsLeft == 32'h0;
  assign T97 = reset ? 32'h0 : T29;
  assign T29 = T42 ? T40 : T30;
  assign T30 = T34 ? T32 : T31;
  assign T31 = T20 ? io_distVecCount : regDistVecElemsLeft;
  assign T32 = regDistVecElemsLeft - T98;
  assign T98 = {30'h0, maxDistVecBurstSize};
  assign maxDistVecBurstSize = T33 ? 2'h2 : 2'h1;
  assign T33 = 32'h2 <= regDistVecElemsLeft;
  assign T34 = T35 & aximm32_ARREADY;
  assign T35 = T25 & T36;
  assign T36 = T39 & T37;
  assign T37 = T38 & throttler_io_canProceedT0;
  assign T38 = distVecNoReqsLeft ^ 1'h1;
  assign T39 = dv2iv_io_finished ^ 1'h1;
  assign T40 = regDistVecElemsLeft - T99;
  assign T99 = {30'h0, maxDistVecBurstSize};
  assign T41 = 3'h1 == regState;
  assign T42 = T43 & aximm32_ARREADY;
  assign T43 = T41 & T44;
  assign T44 = T27 ^ 1'h1;
  assign T45 = T4 & T3;
  assign T46 = T1 & frontierQueue_io_deq_valid;
  assign T47 = T1 & T48;
  assign T48 = frontierQueue_io_deq_valid ^ 1'h1;
  assign T49 = T50 & aximm32_ARREADY;
  assign T50 = 3'h3 == regState;
  assign T51 = T57 & T52;
  assign T52 = frontierFilter_io_finished & T53;
  assign T53 = regFrontierSize == neighborFetcher_io_colCount;
  assign T100 = reset ? 32'h0 : T54;
  assign T54 = T46 ? T56 : T55;
  assign T55 = T21 ? 32'h0 : regFrontierSize;
  assign T56 = regFrontierSize + 32'h1;
  assign T57 = 3'h4 == regState;
  assign T58 = T57 & T59;
  assign T59 = T62 & T60;
  assign T60 = frontierFilter_io_finished & T61;
  assign T61 = regFrontierSize == frontierFilter_io_frontierSize;
  assign T62 = T52 ^ 1'h1;
  assign T63 = T57 & T64;
  assign T64 = T67 & T65;
  assign T65 = frontierFilter_io_finished & T66;
  assign T66 = T61 ^ 1'h1;
  assign T67 = T68 ^ 1'h1;
  assign T68 = T52 | T60;
  assign T69 = T57 & T70;
  assign T70 = T71 ^ 1'h1;
  assign T71 = T68 | T65;
  assign T72 = T74 & T73;
  assign T73 = startSignal ^ 1'h1;
  assign T74 = 3'h5 == regState;
  assign inpVecOutput_TDATA = dv2iv_io_inpVecOutput_bits;
  assign inpVecOutput_TVALID = dv2iv_io_inpVecOutput_valid;
  assign distVecUpdInds_TREADY = dvupd_io_distVecInds_ready;
  assign rowIndsMetadata_TDATA = neighborFetcher_io_rowIndsMetadata_bits;
  assign rowIndsMetadata_TVALID = neighborFetcher_io_rowIndsMetadata_valid;
  assign rowIndsData_RRESP = aximm64_RRESP;
  assign rowIndsData_TLAST = aximm64_RLAST;
  assign rowIndsData_TDEST = aximm64_RID;
  assign rowIndsData_TDATA = aximm64_RDATA;
  assign rowIndsData_TVALID = aximm64_RVALID;
  assign rowStartEnd_TREADY = neighborFetcher_io_rowStartEndIn_ready;
  assign distVecIn_TREADY = distVecMux_strm_TREADY;
  assign readData32_RRESP = aximm32_RRESP;
  assign readData32_TLAST = aximm32_RLAST;
  assign readData32_TDEST = aximm32_RID;
  assign readData32_TDATA = aximm32_RDATA;
  assign readData32_TVALID = aximm32_RVALID;
  assign aximm64_RREADY = rowIndsData_TREADY;
  assign aximm64_ARQOS = neighborFetcher_io_rowIndReadReqs_bits_qos;
  assign aximm64_ARPROT = neighborFetcher_io_rowIndReadReqs_bits_prot;
  assign aximm64_ARCACHE = neighborFetcher_io_rowIndReadReqs_bits_cache;
  assign aximm64_ARLOCK = neighborFetcher_io_rowIndReadReqs_bits_lock;
  assign aximm64_ARID = neighborFetcher_io_rowIndReadReqs_bits_id;
  assign aximm64_ARBURST = neighborFetcher_io_rowIndReadReqs_bits_burst;
  assign aximm64_ARLEN = neighborFetcher_io_rowIndReadReqs_bits_len;
  assign aximm64_ARSIZE = neighborFetcher_io_rowIndReadReqs_bits_size;
  assign aximm64_ARADDR = neighborFetcher_io_rowIndReadReqs_bits_addr;
  assign aximm64_ARVALID = neighborFetcher_io_rowIndReadReqs_valid;
  assign aximm32_RREADY = readData32_TREADY;
  assign aximm32_ARQOS = 4'h0;
  assign aximm32_ARPROT = 3'h0;
  assign aximm32_ARCACHE = 4'h2;
  assign aximm32_ARLOCK = 1'h0;
  assign aximm32_ARID = T101;
  assign T101 = {1'h0, T50};
  assign aximm32_ARBURST = 2'h1;
  assign aximm32_ARLEN = T102;
  assign T102 = {6'h0, T75};
  assign T75 = T50 ? 2'h1 : T76;
  assign T76 = T43 ? T79 : T77;
  assign T77 = T35 ? T78 : 2'h0;
  assign T78 = maxDistVecBurstSize - 2'h1;
  assign T79 = maxDistVecBurstSize - 2'h1;
  assign aximm32_ARSIZE = 3'h2;
  assign aximm32_ARADDR = T80;
  assign T80 = T50 ? T90 : T81;
  assign T81 = T43 ? regDistVecPtr : T82;
  assign T82 = T35 ? regDistVecPtr : 32'h0;
  assign T103 = reset ? 32'h0 : T83;
  assign T83 = T42 ? T88 : T84;
  assign T84 = T34 ? T86 : T85;
  assign T85 = T20 ? io_distVecBase : regDistVecPtr;
  assign T86 = regDistVecPtr + T104;
  assign T104 = {27'h0, T87};
  assign T87 = 3'h4 * maxDistVecBurstSize;
  assign T88 = regDistVecPtr + T105;
  assign T105 = {27'h0, T89};
  assign T89 = 3'h4 * maxDistVecBurstSize;
  assign T90 = regColPtrBase + regFrontierIndex;
  assign T106 = T107[5'h1f:1'h0];
  assign T107 = reset ? 35'h0 : T91;
  assign T91 = T1 ? T92 : T108;
  assign T108 = {3'h0, regFrontierIndex};
  assign T92 = frontierQueue_io_deq_bits * 3'h4;
  assign T109 = reset ? 32'h0 : T93;
  assign T93 = T20 ? io_colPtrBase : regColPtrBase;
  assign aximm32_ARVALID = T94;
  assign T94 = T50 ? 1'h1 : T95;
  assign T95 = T43 ? 1'h1 : T35;
  assign aximm32_BREADY = dvupd_io_writeRespIn_ready;
  assign aximm32_WLAST = dvupd_io_writeDataOut_bits_last;
  assign aximm32_WSTRB = dvupd_io_writeDataOut_bits_strb;
  assign aximm32_WDATA = dvupd_io_writeDataOut_bits_data;
  assign aximm32_WVALID = dvupd_io_writeDataOut_valid;
  assign aximm32_AWQOS = dvupd_io_writeAddrOut_bits_qos;
  assign aximm32_AWPROT = dvupd_io_writeAddrOut_bits_prot;
  assign aximm32_AWCACHE = dvupd_io_writeAddrOut_bits_cache;
  assign aximm32_AWLOCK = dvupd_io_writeAddrOut_bits_lock;
  assign aximm32_AWID = dvupd_io_writeAddrOut_bits_id;
  assign aximm32_AWBURST = dvupd_io_writeAddrOut_bits_burst;
  assign aximm32_AWLEN = dvupd_io_writeAddrOut_bits_len;
  assign aximm32_AWSIZE = dvupd_io_writeAddrOut_bits_size;
  assign aximm32_AWADDR = dvupd_io_writeAddrOut_bits_addr;
  assign aximm32_AWVALID = dvupd_io_writeAddrOut_valid;
  assign io_ngColCount = neighborFetcher_io_colCount;
  assign io_ngState = neighborFetcher_io_state;
  assign io_state = T110;
  assign T110 = {29'h0, regState};
  assign io_distVecWriteCount = dvupd_io_distVecUpdateCount;
  assign io_nzCount = neighborFetcher_io_nzCount;
  assign io_frontierSize = regFrontierSize;
  DistVecUpdater dvupd(.clk(clk), .reset(reset),
       .io_start( levelGenStart ),
       .io_distVecBase( io_distVecBase ),
       .io_currentLevel( io_currentLevel ),
       .io_distVecUpdateCount( dvupd_io_distVecUpdateCount ),
       .io_distVecInds_ready( dvupd_io_distVecInds_ready ),
       .io_distVecInds_valid( distVecUpdInds_TVALID ),
       .io_distVecInds_bits( distVecUpdInds_TDATA ),
       .io_writeAddrOut_ready( aximm32_AWREADY ),
       .io_writeAddrOut_valid( dvupd_io_writeAddrOut_valid ),
       .io_writeAddrOut_bits_addr( dvupd_io_writeAddrOut_bits_addr ),
       .io_writeAddrOut_bits_size( dvupd_io_writeAddrOut_bits_size ),
       .io_writeAddrOut_bits_len( dvupd_io_writeAddrOut_bits_len ),
       .io_writeAddrOut_bits_burst( dvupd_io_writeAddrOut_bits_burst ),
       .io_writeAddrOut_bits_id( dvupd_io_writeAddrOut_bits_id ),
       .io_writeAddrOut_bits_lock( dvupd_io_writeAddrOut_bits_lock ),
       .io_writeAddrOut_bits_cache( dvupd_io_writeAddrOut_bits_cache ),
       .io_writeAddrOut_bits_prot( dvupd_io_writeAddrOut_bits_prot ),
       .io_writeAddrOut_bits_qos( dvupd_io_writeAddrOut_bits_qos ),
       .io_writeDataOut_ready( aximm32_WREADY ),
       .io_writeDataOut_valid( dvupd_io_writeDataOut_valid ),
       .io_writeDataOut_bits_data( dvupd_io_writeDataOut_bits_data ),
       .io_writeDataOut_bits_strb( dvupd_io_writeDataOut_bits_strb ),
       .io_writeDataOut_bits_last( dvupd_io_writeDataOut_bits_last ),
       .io_writeRespIn_ready( dvupd_io_writeRespIn_ready ),
       .io_writeRespIn_valid( aximm32_BVALID ),
       .io_writeRespIn_bits_id( aximm32_BID ),
       .io_writeRespIn_bits_resp( aximm32_BRESP )
  );
  DistVecToInpVec dv2iv(.clk(clk), .reset(reset),
       .io_distVecCount( io_distVecCount ),
       .io_unvisitedValue( 32'hffffffff ),
       .io_start( levelGenStart ),
       .io_finished( dv2iv_io_finished ),
       .io_distVecInput_ready( dv2iv_io_distVecInput_ready ),
       .io_distVecInput_valid( distVecMux_out1_TVALID ),
       .io_distVecInput_bits( distVecMux_out1_TDATA ),
       .io_inpVecOutput_ready( inpVecOutput_TREADY ),
       .io_inpVecOutput_valid( dv2iv_io_inpVecOutput_valid ),
       .io_inpVecOutput_bits( dv2iv_io_inpVecOutput_bits )
  );
  BackendThrottler throttler(.clk(clk), .reset(reset),
       .io_thresholdT0( io_thresholdT0 ),
       .io_dataCountT0( io_dataCountT0 ),
       .io_thresholdT1( io_thresholdT1 ),
       .io_dataCountT1( io_dataCountT1 ),
       .io_canProceedT0( throttler_io_canProceedT0 ),
       .io_canProceedT1( throttler_io_canProceedT1 )
  );
  FrontierFilter frontierFilter(.clk(clk), .reset(reset),
       .io_start( regularModeStart ),
       .io_finished( frontierFilter_io_finished ),
       .io_distVecCount( io_distVecCount ),
       .io_currentLevel( io_currentLevel ),
       .io_frontierSize( frontierFilter_io_frontierSize ),
       .distVecIn_TREADY( frontierFilter_distVecIn_TREADY ),
       .distVecIn_TVALID( distVecMux_out0_TVALID ),
       .distVecIn_TDATA( distVecMux_out0_TDATA ),
       .frontierOut_TREADY( frontierQueue_io_enq_ready ),
       .frontierOut_TVALID( frontierFilter_frontierOut_TVALID ),
       .frontierOut_TDATA( frontierFilter_frontierOut_TDATA )
  );
  Queue frontierQueue(.clk(clk), .reset(reset),
       .io_enq_ready( frontierQueue_io_enq_ready ),
       .io_enq_valid( frontierFilter_frontierOut_TVALID ),
       .io_enq_bits( frontierFilter_frontierOut_TDATA ),
       .io_deq_ready( T1 ),
       .io_deq_valid( frontierQueue_io_deq_valid ),
       .io_deq_bits( frontierQueue_io_deq_bits )
       //.io_count(  )
  );
  AXIStreamOutputMux distVecMux(
       .io_sel( enableLevelGen ),
       .strm_TREADY( distVecMux_strm_TREADY ),
       .strm_TVALID( distVecIn_TVALID ),
       .strm_TDATA( distVecIn_TDATA ),
       .out0_TREADY( frontierFilter_distVecIn_TREADY ),
       .out0_TVALID( distVecMux_out0_TVALID ),
       .out0_TDATA( distVecMux_out0_TDATA ),
       .out1_TREADY( dv2iv_io_distVecInput_ready ),
       .out1_TVALID( distVecMux_out1_TVALID ),
       .out1_TDATA( distVecMux_out1_TDATA )
  );
  NeighborFetcher neighborFetcher(.clk(clk), .reset(reset),
       .io_rowIndBase( io_rowIndBase ),
       .io_start( regularModeStart ),
       .io_state( neighborFetcher_io_state ),
       .io_colCount( neighborFetcher_io_colCount ),
       .io_nzCount( neighborFetcher_io_nzCount ),
       .io_rowIndReadReqs_ready( aximm64_ARREADY ),
       .io_rowIndReadReqs_valid( neighborFetcher_io_rowIndReadReqs_valid ),
       .io_rowIndReadReqs_bits_addr( neighborFetcher_io_rowIndReadReqs_bits_addr ),
       .io_rowIndReadReqs_bits_size( neighborFetcher_io_rowIndReadReqs_bits_size ),
       .io_rowIndReadReqs_bits_len( neighborFetcher_io_rowIndReadReqs_bits_len ),
       .io_rowIndReadReqs_bits_burst( neighborFetcher_io_rowIndReadReqs_bits_burst ),
       .io_rowIndReadReqs_bits_id( neighborFetcher_io_rowIndReadReqs_bits_id ),
       .io_rowIndReadReqs_bits_lock( neighborFetcher_io_rowIndReadReqs_bits_lock ),
       .io_rowIndReadReqs_bits_cache( neighborFetcher_io_rowIndReadReqs_bits_cache ),
       .io_rowIndReadReqs_bits_prot( neighborFetcher_io_rowIndReadReqs_bits_prot ),
       .io_rowIndReadReqs_bits_qos( neighborFetcher_io_rowIndReadReqs_bits_qos ),
       .io_rowStartEndIn_ready( neighborFetcher_io_rowStartEndIn_ready ),
       .io_rowStartEndIn_valid( rowStartEnd_TVALID ),
       .io_rowStartEndIn_bits( rowStartEnd_TDATA ),
       .io_rowIndsMetadata_ready( rowIndsMetadata_TREADY ),
       .io_rowIndsMetadata_valid( neighborFetcher_io_rowIndsMetadata_valid ),
       .io_rowIndsMetadata_bits( neighborFetcher_io_rowIndsMetadata_bits )
  );

  always @(posedge clk) begin
    if(reset) begin
      regState <= 3'h0;
    end else if(T72) begin
      regState <= 3'h0;
    end else if(T69) begin
      regState <= 3'h1;
    end else if(T63) begin
      regState <= 3'h2;
    end else if(T58) begin
      regState <= 3'h4;
    end else if(T51) begin
      regState <= 3'h5;
    end else if(T49) begin
      regState <= 3'h4;
    end else if(T47) begin
      regState <= 3'h4;
    end else if(T46) begin
      regState <= 3'h3;
    end else if(T45) begin
      regState <= 3'h4;
    end else if(T42) begin
      regState <= 3'h2;
    end else if(T26) begin
      regState <= 3'h2;
    end else if(T24) begin
      regState <= 3'h5;
    end else if(T21) begin
      regState <= 3'h1;
    end else if(T19) begin
      regState <= 3'h6;
    end
    if(reset) begin
      regDistVecElemsLeft <= 32'h0;
    end else if(T42) begin
      regDistVecElemsLeft <= T40;
    end else if(T34) begin
      regDistVecElemsLeft <= T32;
    end else if(T20) begin
      regDistVecElemsLeft <= io_distVecCount;
    end
    if(reset) begin
      regFrontierSize <= 32'h0;
    end else if(T46) begin
      regFrontierSize <= T56;
    end else if(T21) begin
      regFrontierSize <= 32'h0;
    end
    if(reset) begin
      regDistVecPtr <= 32'h0;
    end else if(T42) begin
      regDistVecPtr <= T88;
    end else if(T34) begin
      regDistVecPtr <= T86;
    end else if(T20) begin
      regDistVecPtr <= io_distVecBase;
    end
    regFrontierIndex <= T106;
    if(reset) begin
      regColPtrBase <= 32'h0;
    end else if(T20) begin
      regColPtrBase <= io_colPtrBase;
    end
  end
endmodule